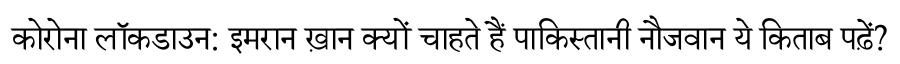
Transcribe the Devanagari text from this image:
कोरोना लॉकडाउन: इमरान ख़ान क्यों चाहते हैं पाकिस्तानी नौजवान ये किताब पढ़ें?